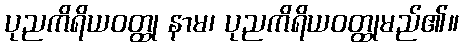
ပုညကိရိယဝတ္ထု နာမ၊ ပုညကိရိယဝတ္ထုမည်၏။